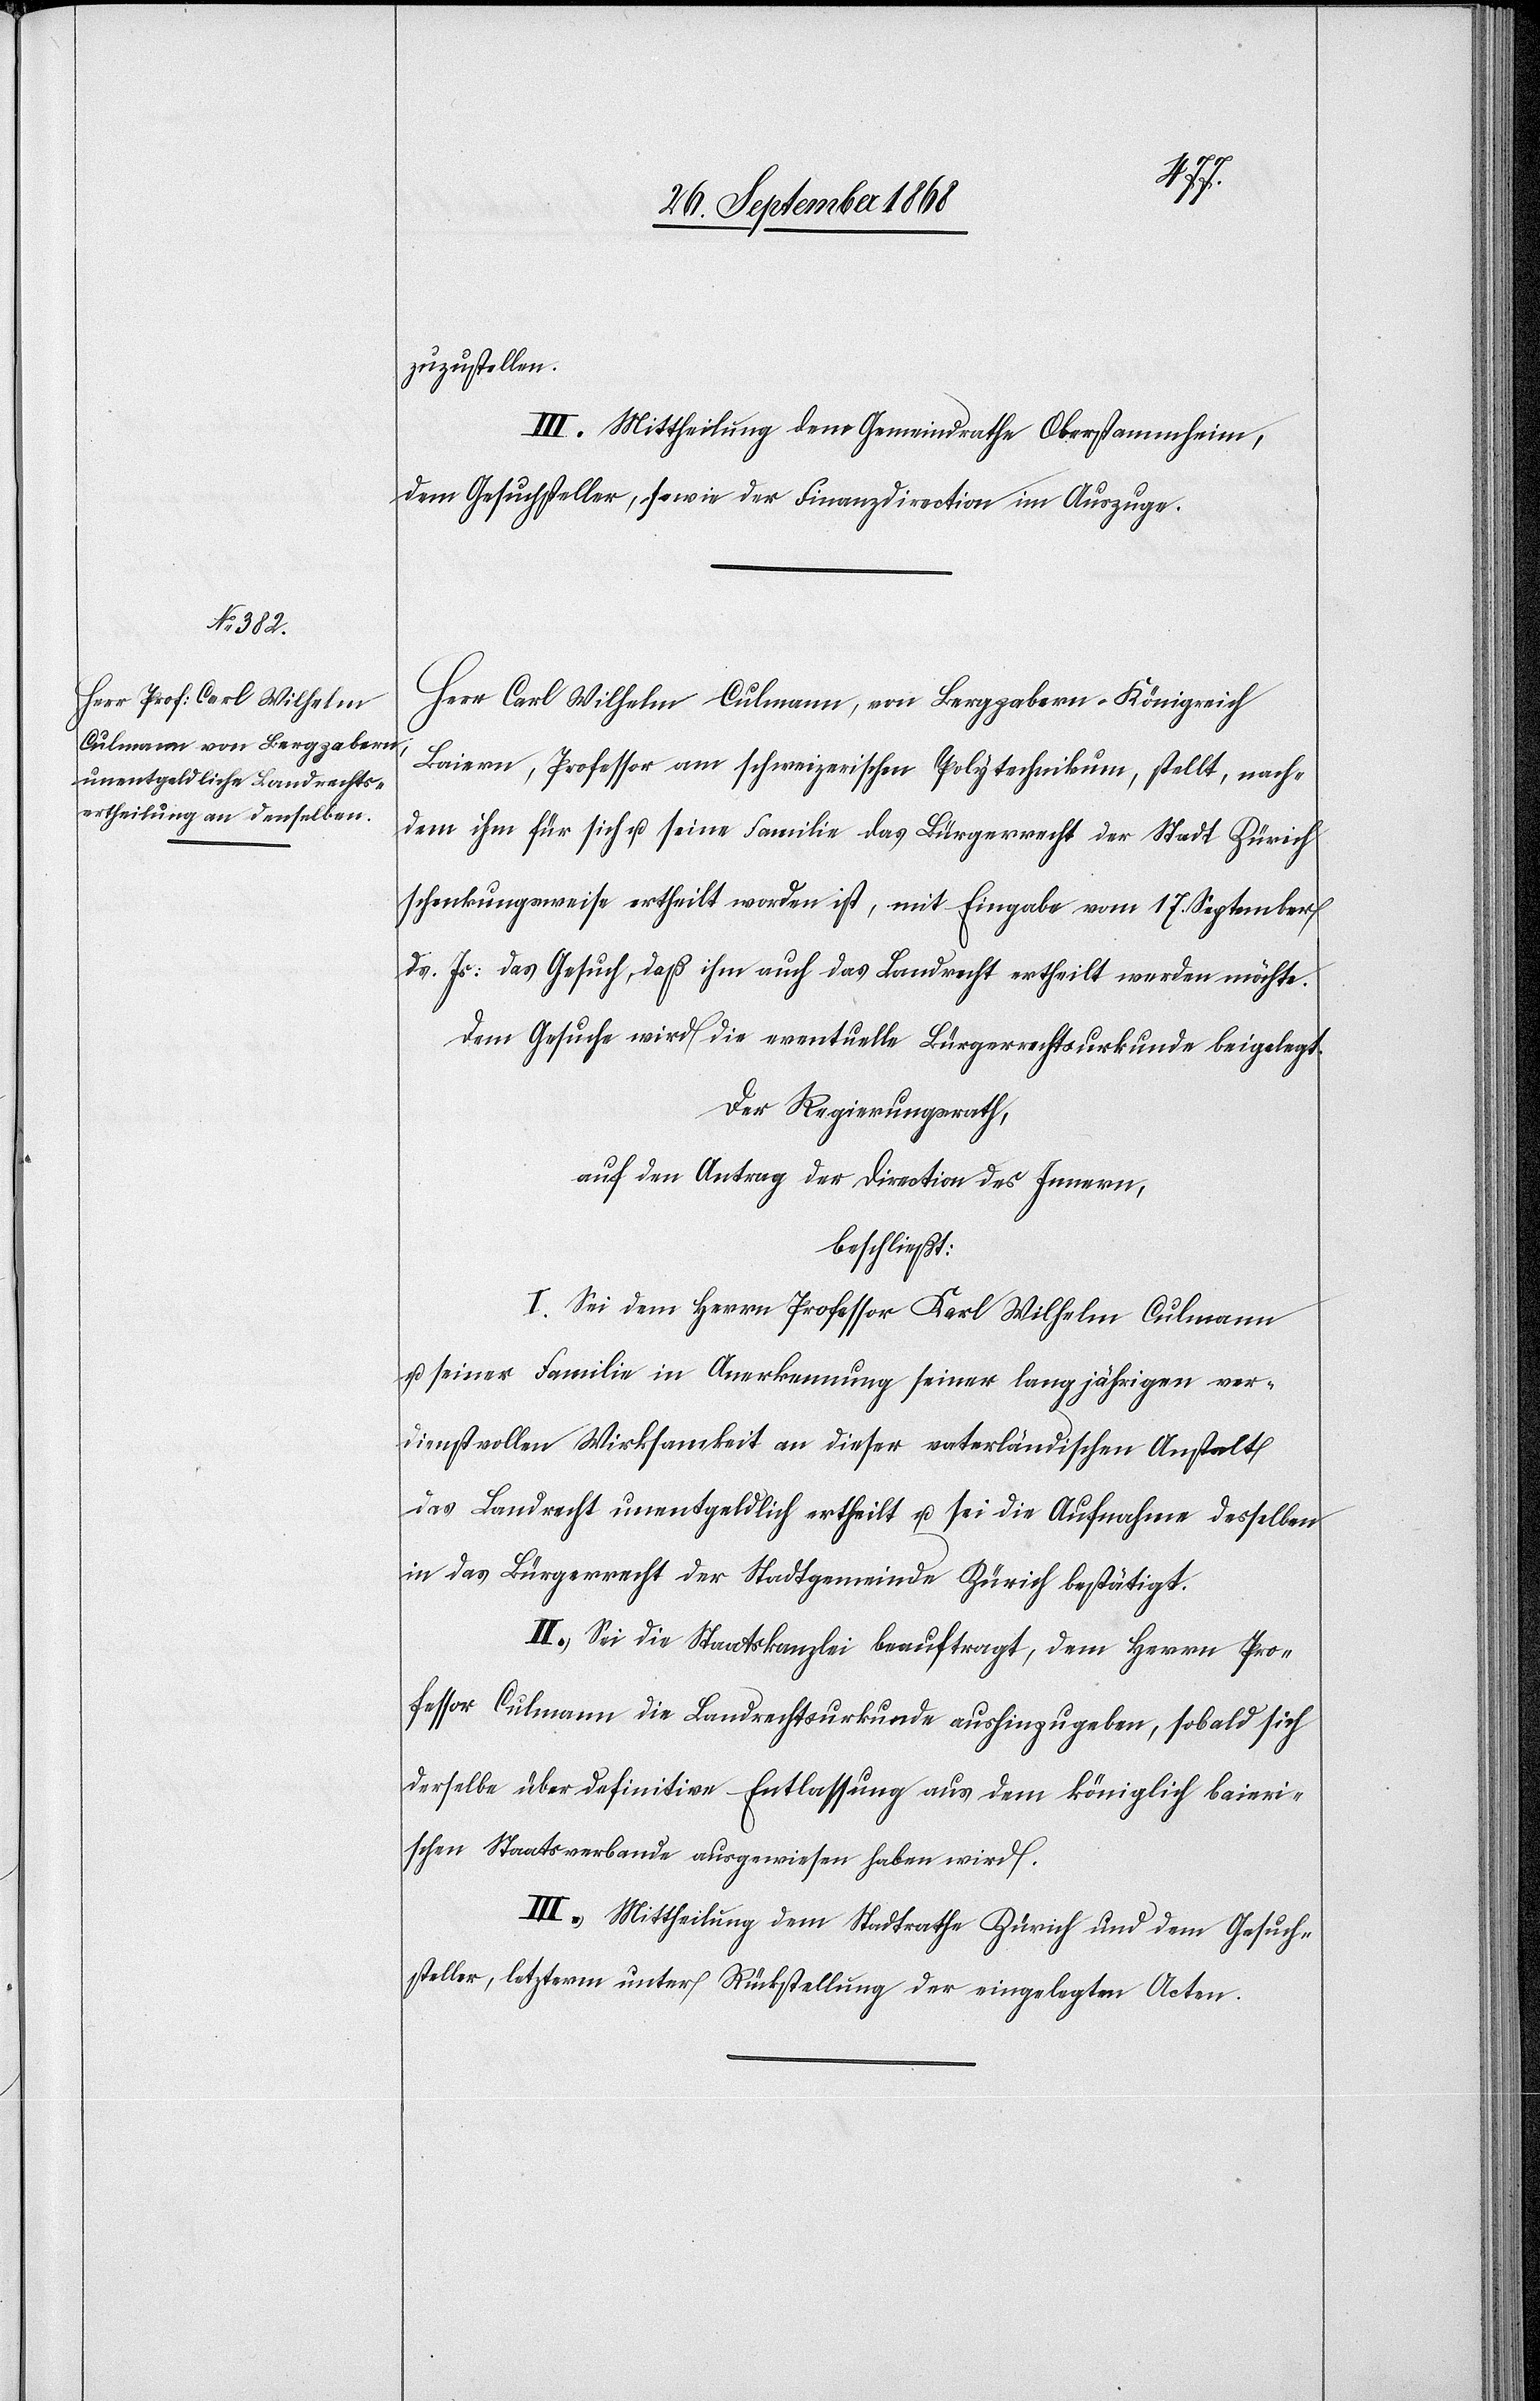
zuzustellen.
III. Mittheilung dem Gemeindrathe Oberstammheim,
dem Gesuchsteller, sowie der Finanzdirection im Auszuge.
Herr Carl Wilhelm Culmann, von Bergzabern - Königreich
Baiern, Professor am schweizerischen Polytechnikum, stellt, nach¬
dem ihm für sich u. seine Familie das Bürgerrecht der Stadt Zürich
schenkungsweise ertheilt worden ist, mit Eingabe vom 17. September
ds. Js: das Gesuch, daß ihm auch das Landrecht ertheilt werden möchte.
Dem Gesuche wird die eventuelle Bürgerrechtsurkunde beigelegt.
Der Regierungsrath,
auf den Antrag der Direction des Innern,
beschließt:
I. Sei dem Herrn Professor Karl Wilhelm Culmann
u. seiner Familie in Anerkennung seiner langjährigen ver¬
dienstvollen Wirksamkeit an dieser vaterländischen Anstalt
das Landrecht unentgeldlich ertheilt u. sei die Aufnahme desselben
in das Bürgerrecht der Stadtgemeinde Zürich bestätigt.
II. Sei die Staatskanzlei beauftragt, dem Herrn Pro¬
fessor Culmann die Landrechtsurkunde aushinzugeben, sobald sich
derselbe über definitive Entlassung aus dem königlich baieri¬
schen Staatsverbande ausgewiesen haben wird.
III. Mittheilung dem Stadtrathe Zürich und dem Gesuch¬
steller, letzterm unter Rückstellung der eingelegten Acten.